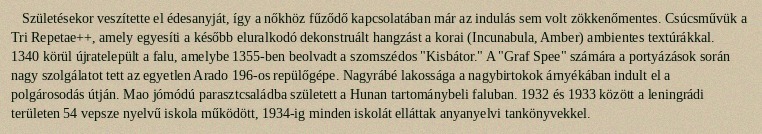
Születésekor veszítette el édesanyját, így a nőkhöz fűződő kapcsolatában már az indulás sem volt zökkenőmentes. Csúcsművük a Tri Repetae++, amely egyesíti a később eluralkodó dekonstruált hangzást a korai (Incunabula, Amber) ambientes textúrákkal. 1340 körül újratelepült a falu, amelybe 1355-ben beolvadt a szomszédos "Kisbátor." A "Graf Spee" számára a portyázások során nagy szolgálatot tett az egyetlen Arado 196-os repülőgépe. Nagyrábé lakossága a nagybirtokok árnyékában indult el a polgárosodás útján. Mao jómódú parasztcsaládba született a Hunan tartománybeli faluban. 1932 és 1933 között a leningrádi területen 54 vepsze nyelvű iskola működött, 1934-ig minden iskolát elláttak anyanyelvi tankönyvekkel.